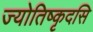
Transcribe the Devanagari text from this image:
ज्योतिष्कृदसि